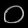
Digit: ၀